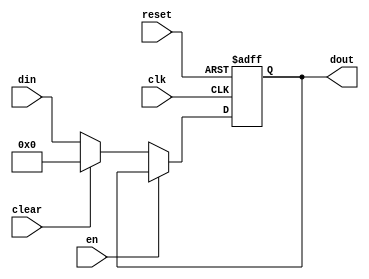
module register #(parameter width = 32)(clk, reset, en, clear, din, dout);
	input clk;
	input reset;
	input en;
	input clear;
	input [width-1:0] din;
	output reg [width-1:0] dout;
	
	always@(posedge clk or posedge reset)
		if(reset)
			dout <= 0;
		else 
			if(~en)
				if(clear)
					dout <= 0;
				else
					dout <= din;
endmodule